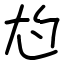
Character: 尥